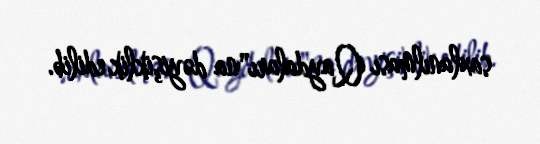
saxlanılması Qaydaları"na dəyişiklik edilib.